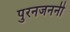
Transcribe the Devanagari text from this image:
पुरनजननी